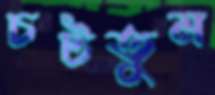
চটতুম